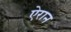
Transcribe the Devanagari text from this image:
ऐरान